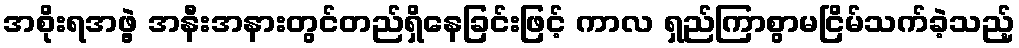
အစိုးရအဖွဲ့ အနီးအနားတွင်တည်ရှိနေခြင်းဖြင့် ကာလ ရှည်ကြာစွာမငြိမ်သက်ခဲ့သည့်